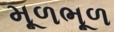
મૂળભૂળ